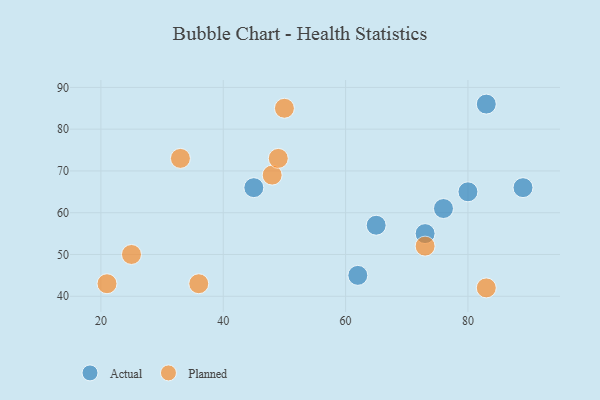
{"axis": {"x": "GDP", "y": "Life Expectancy"}, "legend": ["Actual", "Planned"], "data": [{"x": "65", "y": 57, "type": "Actual"}, {"x": "73", "y": 55, "type": "Actual"}, {"x": "62", "y": 45, "type": "Actual"}, {"x": "76", "y": 61, "type": "Actual"}, {"x": "80", "y": 65, "type": "Actual"}, {"x": "83", "y": 86, "type": "Actual"}, {"x": "45", "y": 66, "type": "Actual"}, {"x": "89", "y": 66, "type": "Actual"}, {"x": "36", "y": 43, "type": "Planned"}, {"x": "48", "y": 69, "type": "Planned"}, {"x": "83", "y": 42, "type": "Planned"}, {"x": "50", "y": 85, "type": "Planned"}, {"x": "49", "y": 73, "type": "Planned"}, {"x": "25", "y": 50, "type": "Planned"}, {"x": "33", "y": 73, "type": "Planned"}, {"x": "21", "y": 43, "type": "Planned"}, {"x": "73", "y": 52, "type": "Planned"}]}